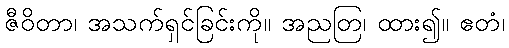
ဇီဝိတာ၊ အသက်ရှင်ခြင်းကို။ အညတြ၊ ထား၍။ ဧတံ၊